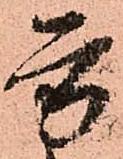
方